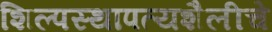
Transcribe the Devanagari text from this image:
शिल्पस्थापत्यशैलीचे